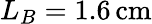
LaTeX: L_{B}=1.6\, \mathrm{cm}